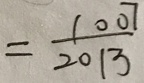
= \frac { 1 0 0 7 } { 2 0 1 3 }